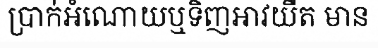
ប្រាក់អំណោយឬទិញអាវយឺត មាន